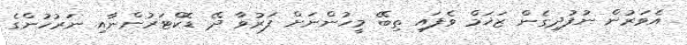
އެވަރުން ނުފުދިގެން ޒަޚަމް ވެފައި ތިބޭ މީހުންނަށް ފަރުވާ ދޭ ޑޮކްޓަރުންނާއި ނަރުހުންގެ